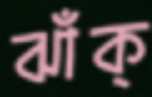
ঝাঁক্‌